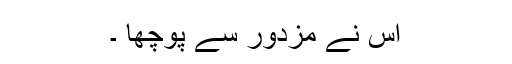
اس نے مزدور سے پوچھا ۔